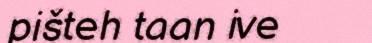
pišteh taan ive